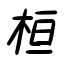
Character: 桓